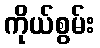
ကိုယ်စွမ်း